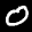
Label: 0